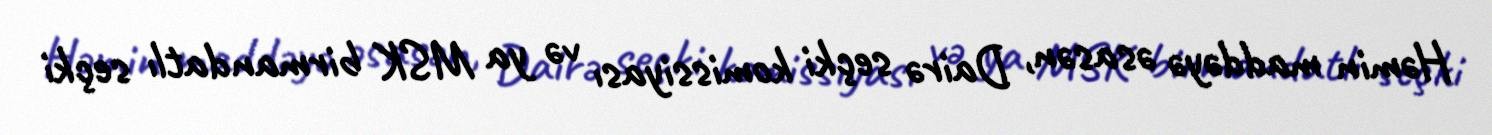
Həmin maddəyə əsasən, Dairə seçki komissiyası və ya MSK birmandatlı seçki